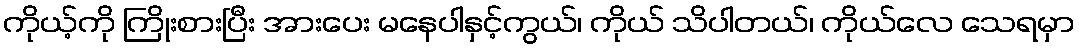
ကိုယ့်ကို ကြိုးစားပြီး အားပေး မနေပါနှင့်ကွယ်၊ ကိုယ် သိပါတယ်၊ ကိုယ်လေ သေရမှာ